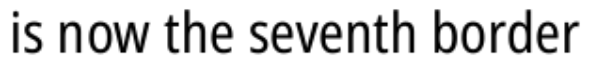
is now the seventh border